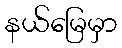
နယ်မြေမှာ